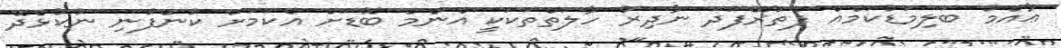
ޢާއްމު ބަލިމަޑުކަމެއް ފެތުރޭފަދަ ނާދިރު ހާލަތްތަކަކީ އެންމެ ބޮޑަށް އެކަމަށް ކުންފުނި ނުކުޅެދޭ